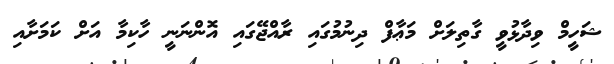
ޝަހީމް ވިދާޅުވީ ގާތިލަށް މަޢާފް ދިނުމުގައި ރާއްޖޭގައި އޮންނަނީ ހާކިމާ އަށް ކަމަށާއި